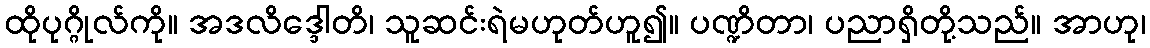
ထိုပုဂ္ဂိုလ်ကို။ အဒလိဒ္ဒေါတိ၊ သူဆင်းရဲမဟုတ်ဟူ၍။ ပဏ္ဍိတာ၊ ပညာရှိတို့သည်။ အာဟု၊